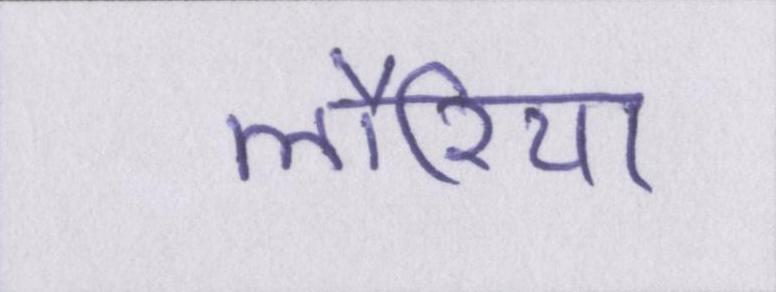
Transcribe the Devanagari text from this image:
लौरिया